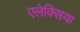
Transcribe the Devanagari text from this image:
एलेक्सिया